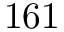
1 6 1